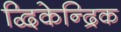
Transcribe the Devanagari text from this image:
द्विकेन्द्रिक